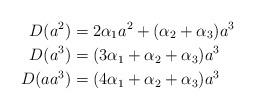
LaTeX: \begin{align*}D(a^2)&=2 \alpha_{1}a^2 +( \alpha_{2}+ \alpha_{3})a^3\\D(a^3)&=( 3 \alpha_{1} + \alpha_{2}+ \alpha_{3})a^3\\D(aa^3)&= (4 \alpha_{1} + \alpha_{2}+ \alpha_{3})a^3\end{align*}